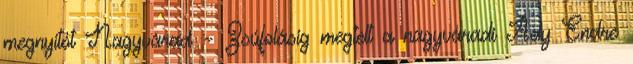
megnyitót Nagyvárad – Zsúfolásig megtelt a nagyváradi Ady Endre